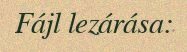
Fájl lezárása: